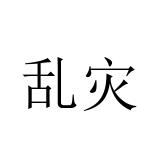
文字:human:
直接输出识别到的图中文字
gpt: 乱灾